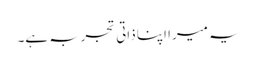
یہ میرا اپنا ذاتی تجربہ ہے۔